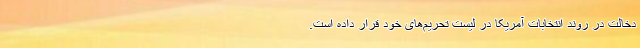
دخالت در روند انتخابات آمریکا در لیست تحریم‌های خود قرار داده است.